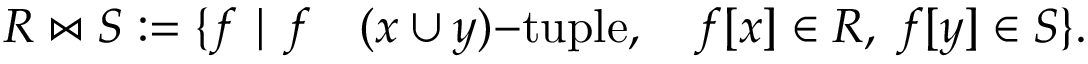
R \bowtie S : = \{ f \mid f \quad ( x \cup y ) { \mathrm { - t u p l e } } , \quad f [ x ] \in R , \; f [ y ] \in S \} .